Triigi_(Aleksandri)_vallavalitsus_Harjumaal, lk 16
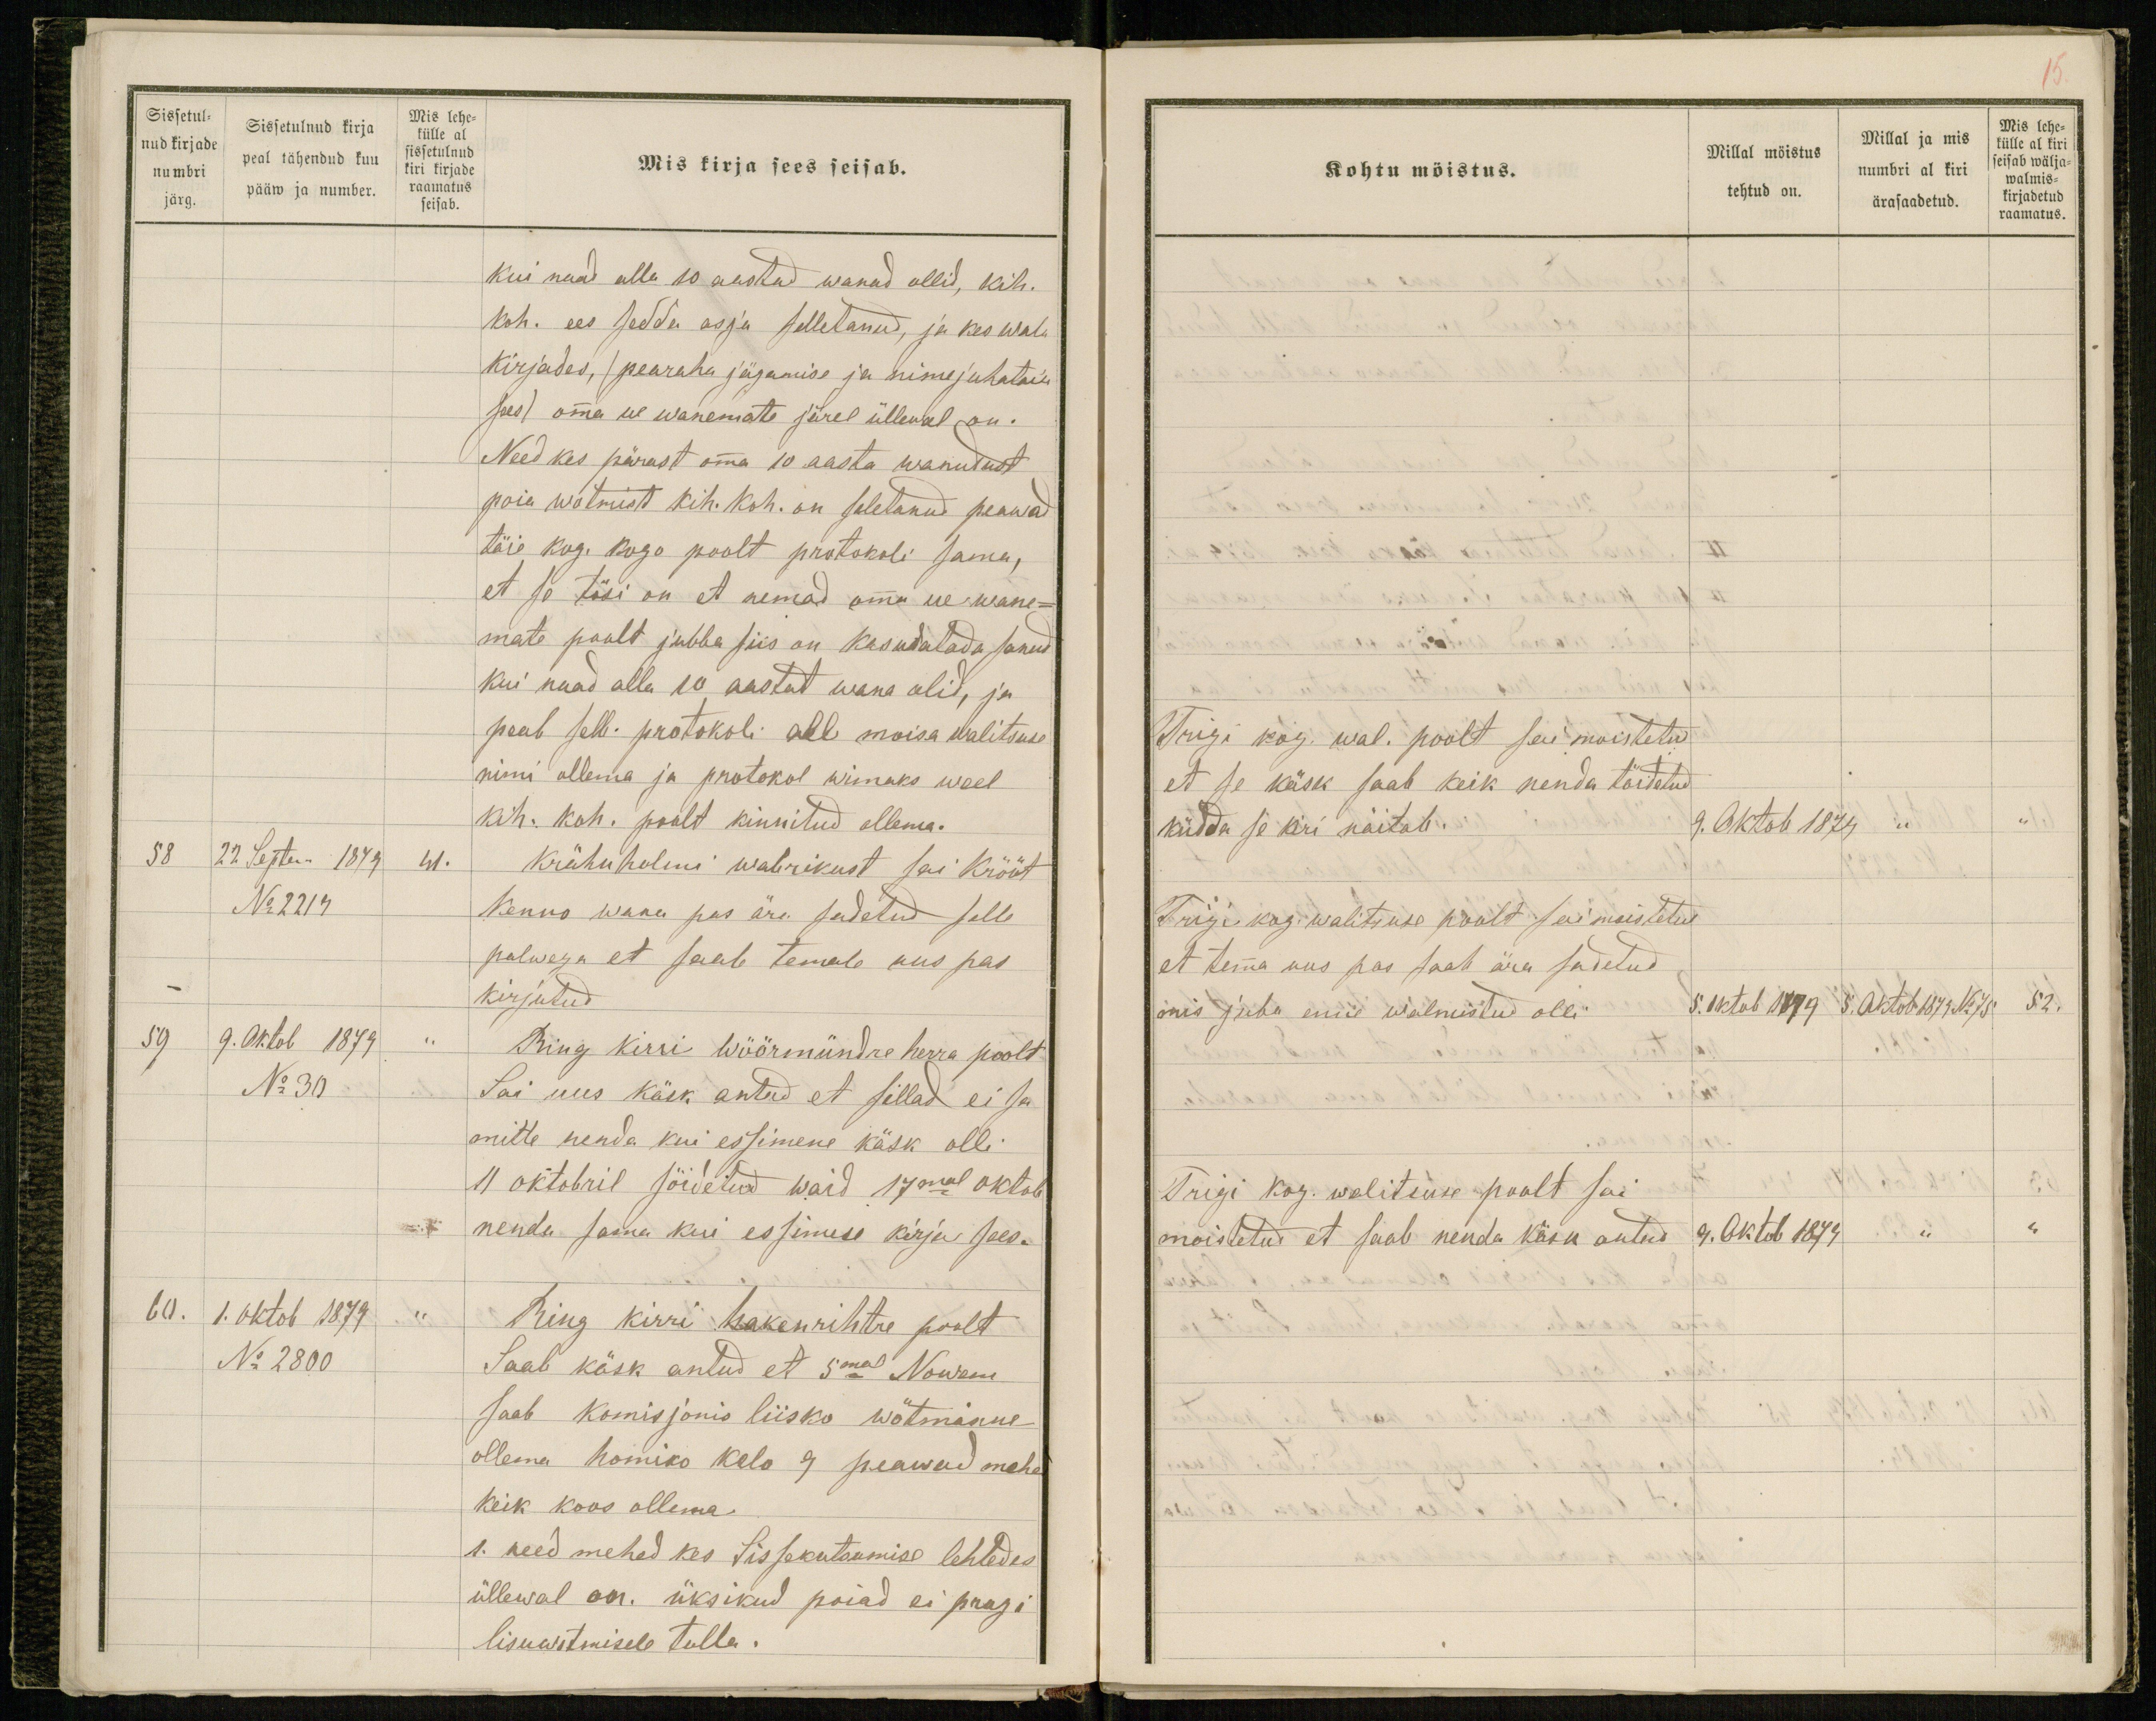
Sissetul-
nud kirjade
numbri
järg.
Sissetulnud kirja
peal tähendud kuu
pääw ja number.
Mis lehe-
külle al
sissetulnud
kiri kirjade
raamatus
seisab.
Mis kirja sees seisab.
kui naad alla 10 aastad wanad ollid, kih.
koh. ees sedda asja selletanud, ja kes wala
kirjades, (pearaha jägamise ja nime juhatain
sees) omma ue wanemate järel üllewal on.
Need kes pärast omma 10 aasta wanudust
poia wotmist kih. koh. on seletanud peawad
täie kog. kogo poolt protokoli sama,
et se tõsi on et nemad omma ue wane-
mate poolt jubba siis on kaswatada sanud
kui naad alla 10 aastat wana olid, ja
peab selle protokoli all moisa walitsuse
nimi ollema ja protokol wimaks weel
kih. koh. poolt kinnitud ollema.
58 22 Septem 1879 41.
Krähnholmi wabrikust sai Krõõt
No 2219
Kenno wana pas ära sadetud selle
palwega et saab temale uus pas
kirjutud
59 9. Oktob 1879 "
Ring kirri Wöörmündre herra poolt
No 30
Sai uus käsk antud et sillad ei sa
mitte nenda kui essimene käsk olli
11 oktobril söidetud waid 17mal oktob
nenda sama kui essimese kirja sees.
60. 1. Oktob 1879 "
Ring kirri hakenrihtre poolt
No 2800
Saab käsk antud et 5mal Nowem
saab komisjonis liisko wõtminne
ollema homiko kelo 9 peawad mehed
keik koos ollema.
1. need mehed kes Sissekutsumise lehtedes
üllewal on. üksikud poiad ei prugi
lisuwotmisele tulla.

15.
Kohtu möistus.
Millal möistus
tehtud on.
Millal ja mis
numbri al kiri
ärasaadetud.
Mis lehe-
külle al kiri
seisab wälja-
walmis-
kirjadetud
raamatus.
Trigi kog. wal. poolt sai moistetud
et se käsk saab keik nenda täidetud
küdda se kiri näitab.
9. Oktob 1879 " "
Trigi kog. walitsuse poolt sai moistetus
et temma uus pas saab ära sadetud
mis juba enne walmistud olli
5. oktob 1879. 5. Oktob 1879 No 75 52.
Trigi kog. walitsuse poolt sai
moistetud et saab nenda käsk antud
9. Oktob 1879 " "